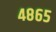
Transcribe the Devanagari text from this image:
४८६५